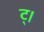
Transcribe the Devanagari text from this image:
ट्।